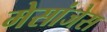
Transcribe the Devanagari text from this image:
मेसांजेस